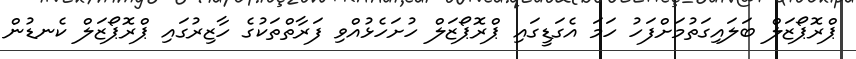
ޕްރޮޕޯޒަލް ބަލައިގަތުމަށްފަހު ހަމަ އެގަޑީގައި ޕްރޮޕޯޒަލް ހުށަހެޅުއްވި ފަރާތްތަކުގެ ހާޒިރުގައި ޕްރޮޕޯޒަލް ކެނޑުން